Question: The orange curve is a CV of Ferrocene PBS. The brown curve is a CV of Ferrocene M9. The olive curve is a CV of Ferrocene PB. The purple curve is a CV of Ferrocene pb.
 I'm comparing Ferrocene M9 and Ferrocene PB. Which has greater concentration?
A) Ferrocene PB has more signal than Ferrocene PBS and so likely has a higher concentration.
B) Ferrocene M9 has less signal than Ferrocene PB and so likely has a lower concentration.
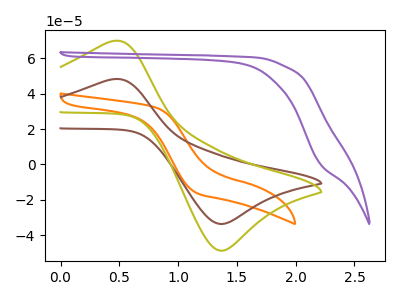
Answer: <think>The orange curve "Ferrocene PBS" has no peaks. The brown curve "Ferrocene M9" has an anodic peak at (0.45V, 48.15uA) and a cathodic peak at (1.35V, -33.75uA). The olive curve "Ferrocene PB" has an anodic peak at (0.45V, 69.75uA) and a cathodic peak at (1.35V, -48.85uA). The purple curve "Ferrocene pb" has no peaks.
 All the peaks in "Ferrocene M9" have a peak in "Ferrocene PB" at the same potential. Every peak in "Ferrocene M9" is lower than every peak in "Ferrocene PB".</think>
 <answer>B) "Ferrocene M9" has less signal than "Ferrocene PB" and so likely has a lower concentration.</answer>
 <eval>B</eval>